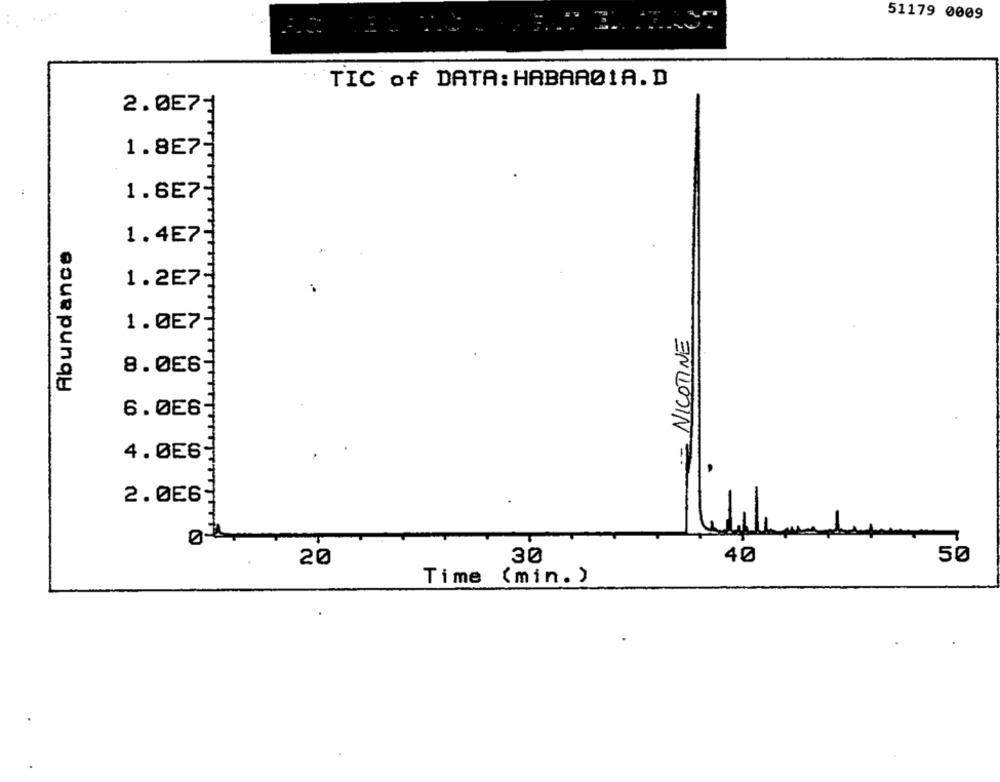
51179 0009
TIC of DATA: HABAAØ1A.D
2.057-
1.8E7
1.6E7
1.4E7
Abundance
1.2E7
1.0E7
NICOTINE
8.056:
6.0E6
4.0E6
2.
2.0E6-
20
30
40
50
Time (min.)